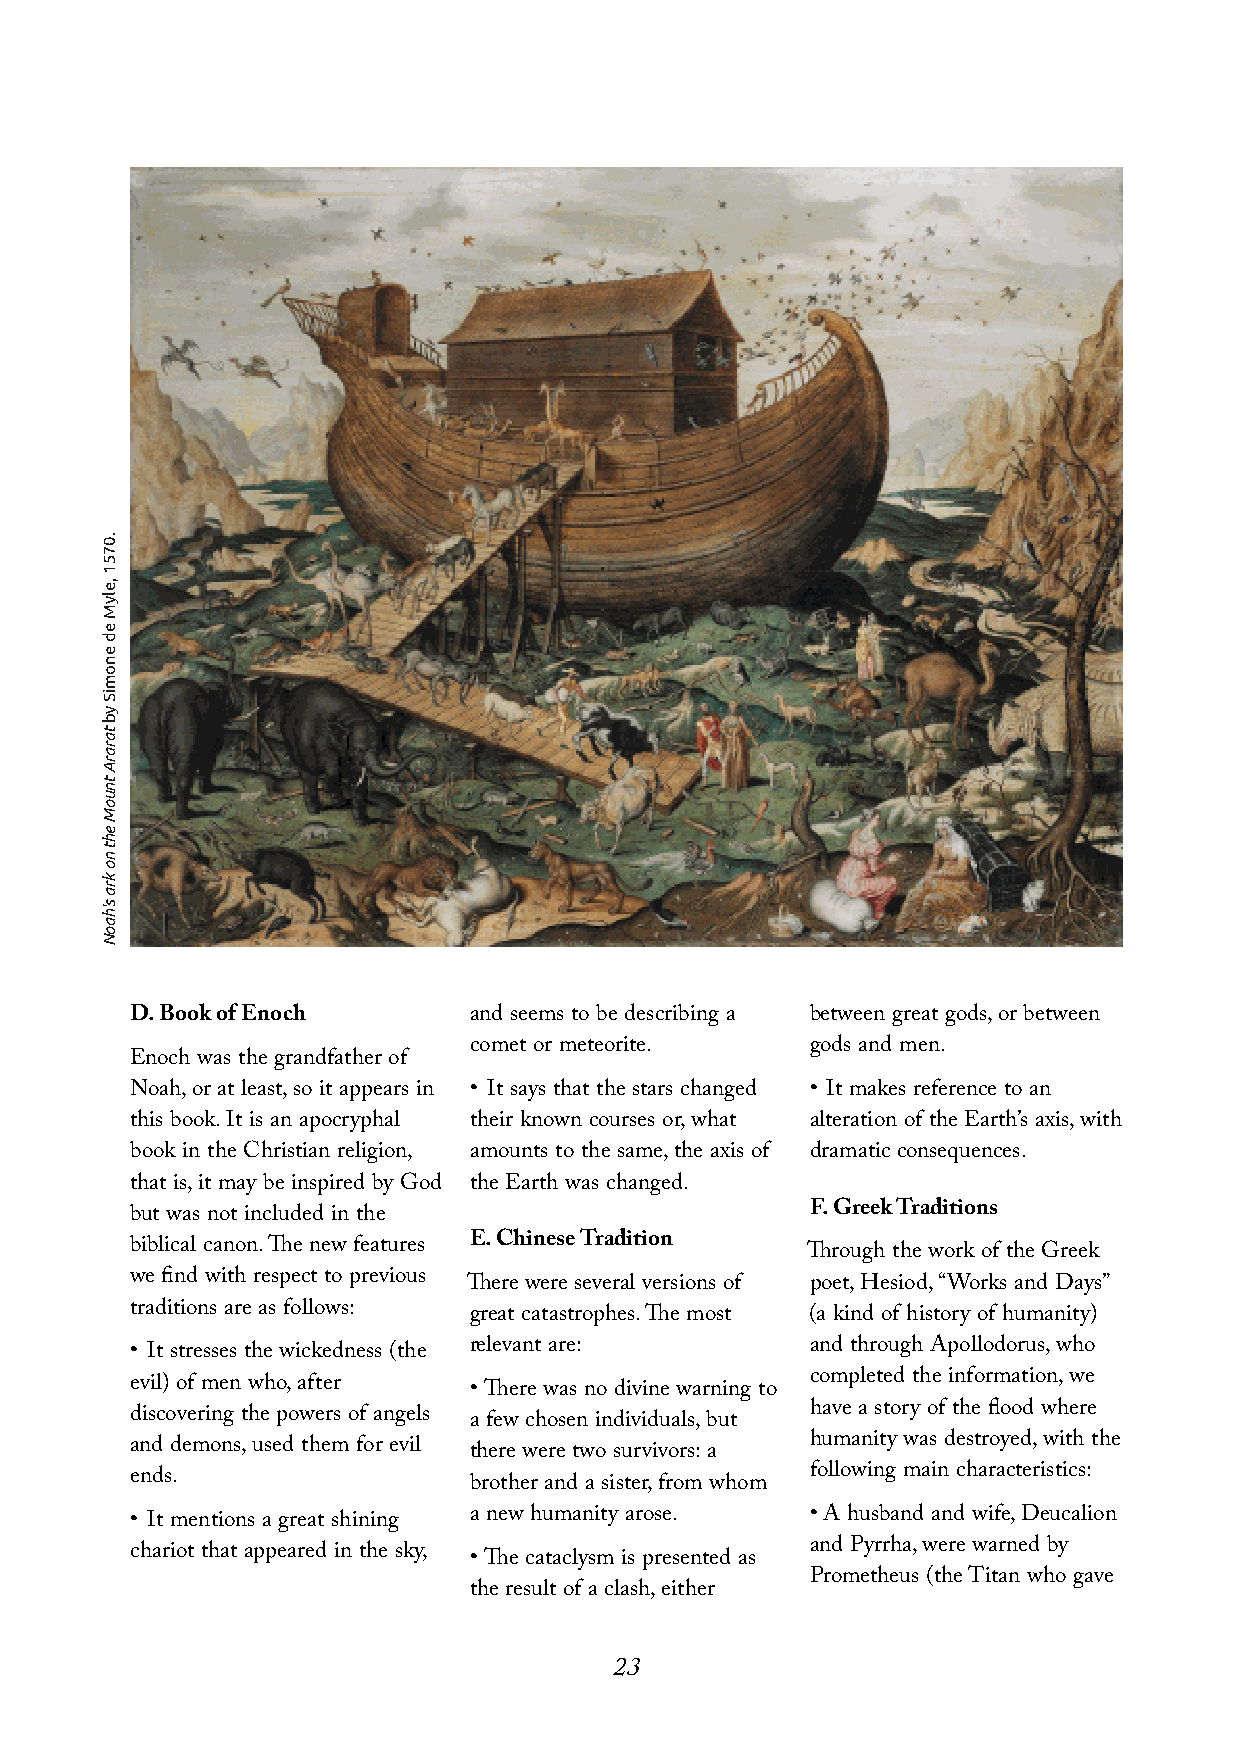
D.BookofEnoch         and seems to be describing a between great gods,or between
 comet or meteorite.    gods and men.
 Enoch was the grandfather of
 Noah,or at least,so it appears in • It says that the stars changed • It makes reference to an
 this book.It is an apocryphal their known courses or,what alteration of the Earth’s axis,with
 book in the Christian religion, amounts to the same,the axis of dramatic consequences.
 that is,it may be inspired by God the Earth was changed.
 F.GreekTraditions
 but was not included in the
 E.ChineseTradition
 biblical canon.The new features             Through the work of the Greek
 we find with respect to previous There were several versions of poet,Hesiod,“Works and Days”
 traditions are as follows: great catastrophes.The most (a kind of history of humanity)
 relevant are:          and through Apollodorus,who
 • It stresses the wickedness (the
 completed the information,we
 evil) of men who,after • There was no divine warning to
 have a story of the flood where
 discovering the powers of angels a few chosen individuals,but
 humanity was destroyed,with the
 and demons,used them for evil there were two survivors:a
 following main characteristics:
 ends.                 brother and a sister,from whom
 a new humanity arose.  • A husband and wife,Deucalion
 • It mentions a great shining
 and Pyrrha,were warned by
 chariot that appeared in the sky, • The cataclysm is presented as
 Prometheus (theTitan who gave
 the result of a clash,either
 23
 .0751,elyMedenomiSybtararAtnuoMehtnokras'haoN